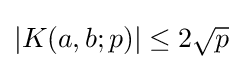
|K(a,b;p)|\leq 2{\sqrt {p}}